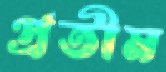
প্রতীম